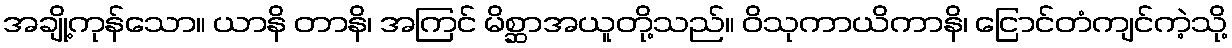
အချို့ကုန်သော။ ယာနိ တာနိ၊ အကြင် မိစ္ဆာအယူတို့သည်။ ဝိသုကာယိကာနိ၊ ငြောင်တံကျင်ကဲ့သို့